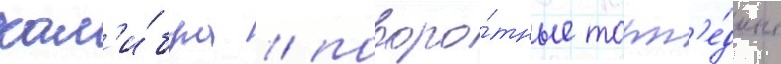
кал'и́бра / поворо́тные торп'е́дные